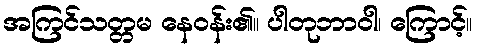
အကြင်သတ္တမ နေဝန်း၏။ ပါတုဘာဝါ၊ ကြောင့်။